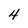
Character: 4